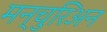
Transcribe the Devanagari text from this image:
मन्चुरिअन